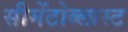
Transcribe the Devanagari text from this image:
सीमेंटोब्लास्ट